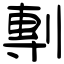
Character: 剸